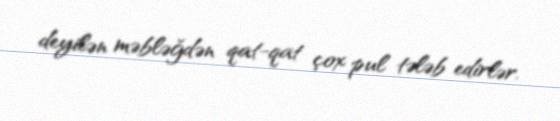
deyilən məbləğdən qat-qat çox pul tələb edirlər.